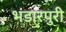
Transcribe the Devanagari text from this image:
भंडारपुरी